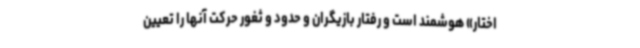
اختار» هوشمند است و رفتار بازیگران و حدود و ثغور حرکت آنها را تعیین